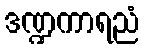
ဒဏ္ဍကာရညံ